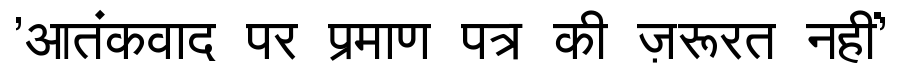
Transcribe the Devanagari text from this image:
'आतंकवाद पर प्रमाण पत्र की ज़रूरत नहीं'